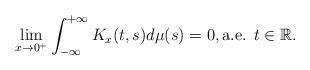
LaTeX: \begin{align*}\lim_{x\rightarrow 0^+}\int_{-\infty }^{+\infty }K_x(t,s)d\mu(s)=0, \mbox{a.e. }t\in \mathbb{R}.\end{align*}